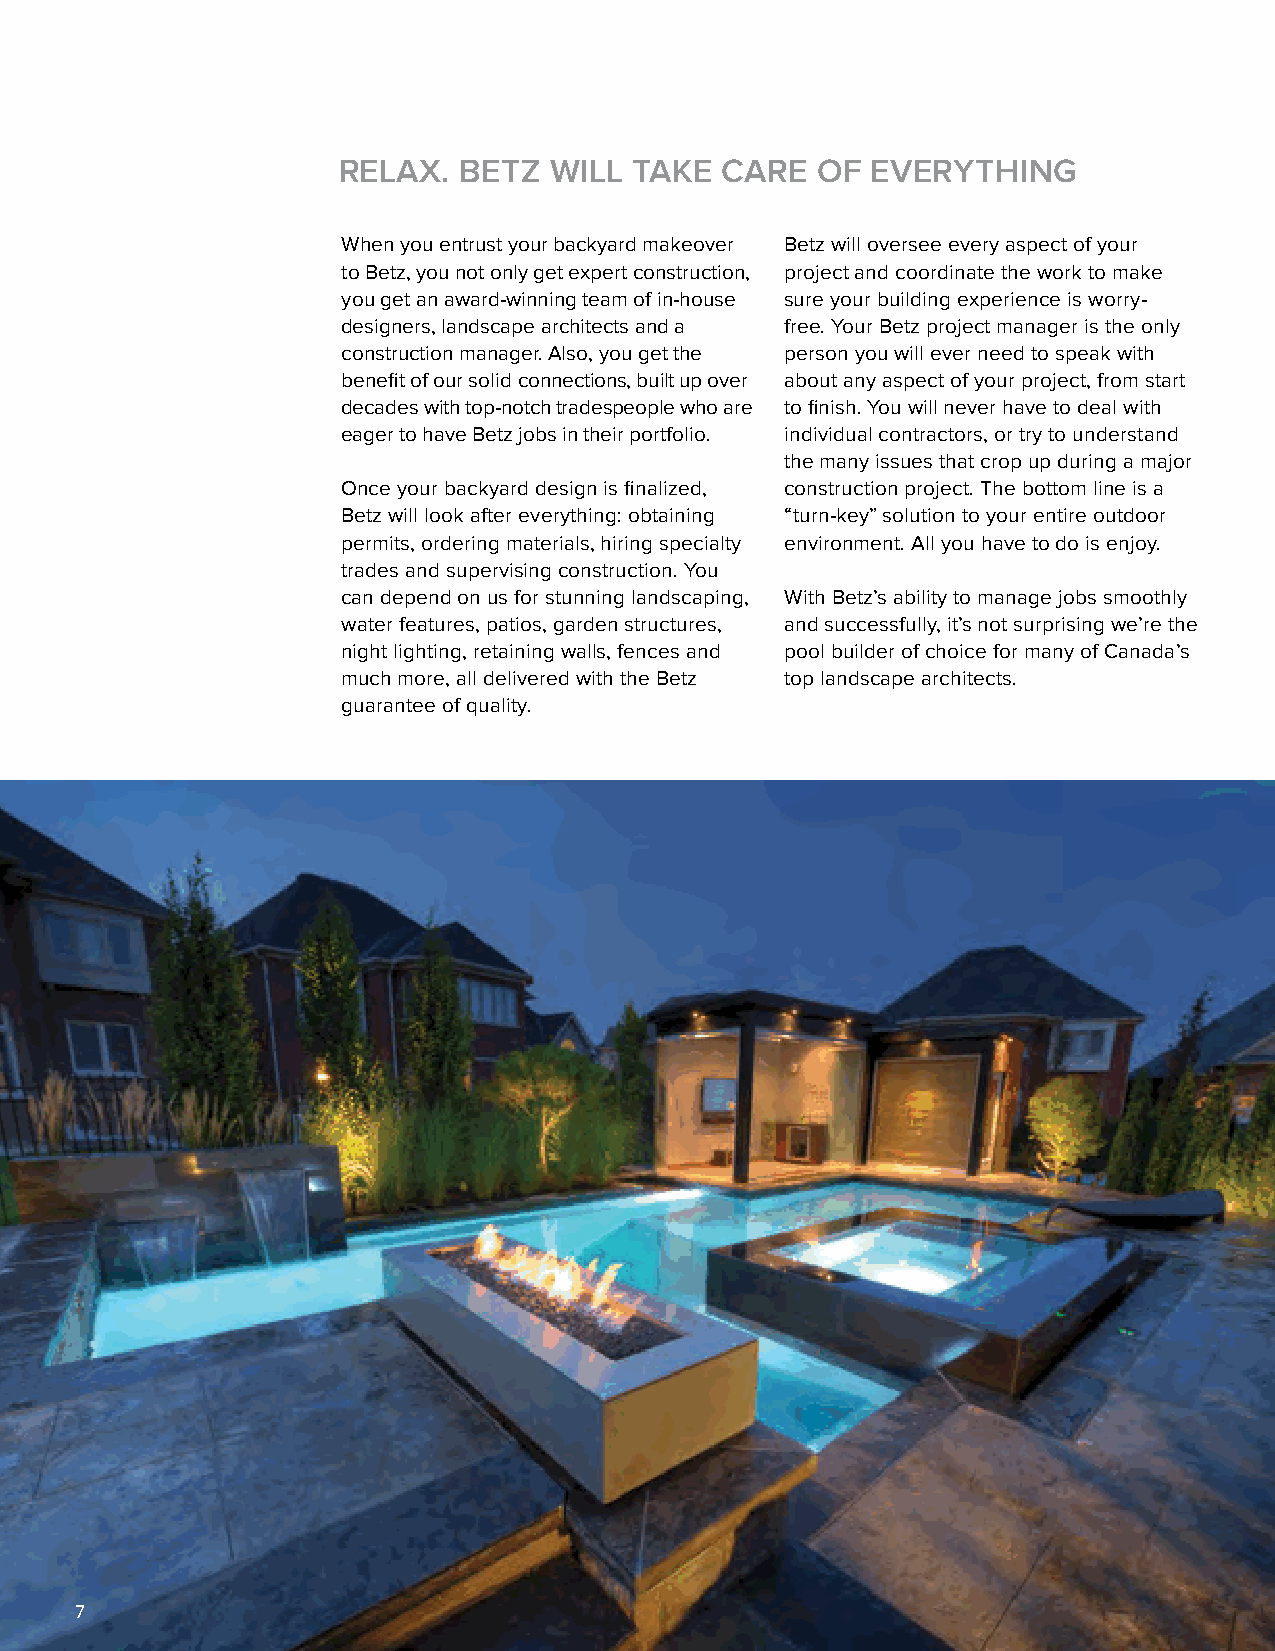
RELAX.  BETZ  WILL  TAKE  CARE  OF  EVERYTHING
 When you entrust your backyard makeover Betz will oversee every aspect of your
 to Betz, you not only get expert construction, project and coordinate the work to make
 you get an award-winning team of in-house sure your building experience is worry-
 designers, landscape architects and a free. Your Betz project manager is the only
 construction manager. Also, you get the person you will ever need to speak with
 benefit of our solid connections, built up over about any aspect of your project, from start
 decades with top-notch tradespeople who are to finish. You will never have to deal with
 eager to have Betz jobs in their portfolio. individual contractors, or try to understand
 the many issues that crop up during a major
 Once your backyard design is finalized, construction project. The bottom line is a
 Betz will look after everything: obtaining “turn-key” solution to your entire outdoor
 permits, ordering materials, hiring specialty environment. All you have to do is enjoy.
 trades and supervising construction. You
 can depend on us for stunning landscaping, With Betz’s ability to manage jobs smoothly
 water features, patios, garden structures, and successfully, it’s not surprising we’re the
 night lighting, retaining walls, fences and pool builder of choice for many of Canada’s
 much more, all delivered with the Betz top landscape architects.
 guarantee of quality.
 77